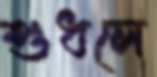
শুধলে